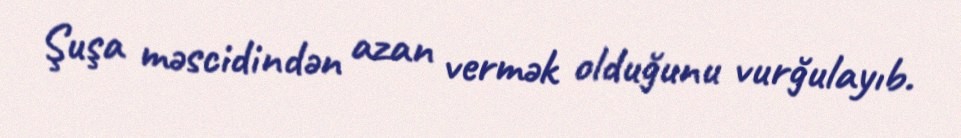
Şuşa məscidindən azan vermək olduğunu vurğulayıb.